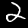
Label: 2